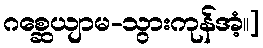
ဂစ္ဆေယျာမ-သွားကုန်အံ့။]